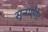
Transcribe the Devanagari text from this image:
सुनाएँगे।